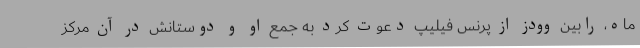
ماه، رابین وودز از پرنس فیلیپ دعوت کرد به جمع او و دوستانش در آن مرکز